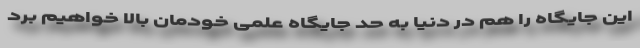
این جایگاه را هم در دنیا به حد جایگاه علمی خودمان بالا خواهیم برد